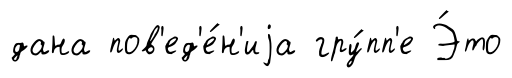
дана пов'ед'е́н'иjа гру́пп'е Э́то